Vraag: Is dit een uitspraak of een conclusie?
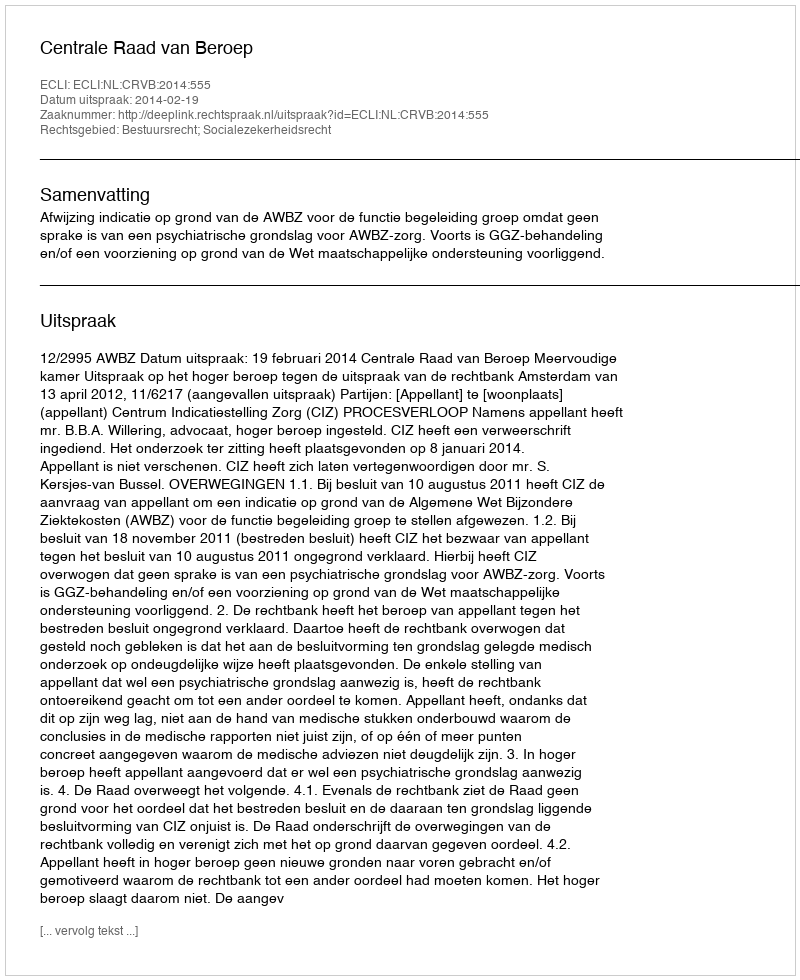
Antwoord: Uitspraak